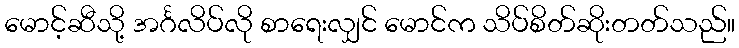
မောင့်ဆီသို့ အင်္ဂလိပ်လို စာရေးလျှင် မောင်က သိပ်စိတ်ဆိုးတတ်သည်။